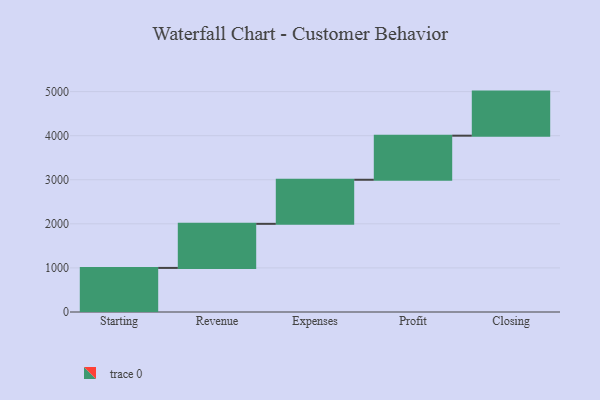
{"axis": {"x": "Step", "y": "Value"}, "legend": [""], "data": [{"x": "Starting", "y": 1000, "type": ""}, {"x": "Revenue", "y": 1000, "type": ""}, {"x": "Expenses", "y": 1000, "type": ""}, {"x": "Profit", "y": 1000, "type": ""}, {"x": "Closing", "y": 1000, "type": ""}]}